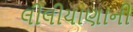
લીલીયાણાની